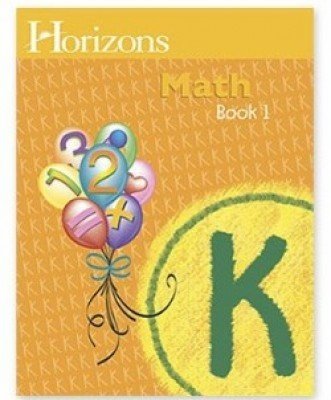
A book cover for Horizons Mathematics K, Book 1 (Lifepac); Kindergarten; Christian Books & Bibles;